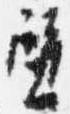
壁